Lunatic asylums Punjab 1868-1880 - 1868-1880
Year: 1868
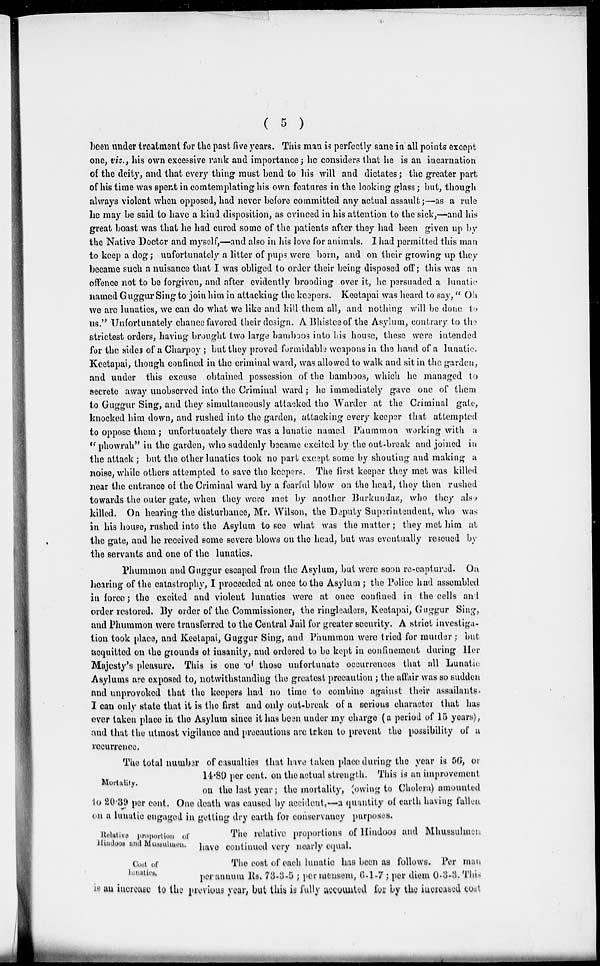
( 5 )
been under treatment for the past five years. This man is perfectly sane in all points except
one, viz., his own excessive rank and importance ; he considers that he is an incarnation
of the deity, and that every thing must bend to his will and dictates; the greater part
of his time was spent in comtemplating his own features in the looking glass; but, though
always violent when opposed, had never before committed any actual assault;—as a rule
he may be said to have a kind disposition, as evinced in his attention to the sick,—and his
great boast was that he had cured some of the patients after they had been given up by
the Native Doctor and myself,— and also in his love for animals. I had permitted this man
to keep a dog ; unfortunately a litter of pups were born, and on their growing up they
became such a nuisance that I was obliged to order their being disposed off; this was an
offence not to be forgiven, and after evidently brooding over it, he persuaded a lunatic
named Guggur Sing to join him in attacking the keepers. Keetapai was heard to say, " Oh
we are lunatics, we can do what we like and kill them all, and nothing will be done to
us." Unfortunately chance favored their design. A Bhistee of the Asylum, contrary to the
strictest orders, having brought two large bamboos into his house, these were intended
for the sides of a Charpoy; but they proved formidable weapons in the hand of a lunatic.
Keetapai, though confined in the criminal ward, was allowed to walk and sit in the garden,
and under this excuse obtained possession of the bamboos, which he managed to
secrete away unobserved into the Criminal ward; he immediately gave one of them
to Guggur Sing, and they simultaneously attacked the Warder at the Criminal gate,
knocked him down, and rushed into the garden, attacking every keeper that attempted
to oppose them; unfortunately there was a lunatic named Phummon working with a
"phowrah" in the garden, who suddenly became excited by the out-break and joined in
the attack ; but the other lunatics took no part except some by shouting and making a
noise, while others attempted to save the keepers. The first keeper they met was killed
near the entrance of the Criminal ward by a fearful blow on the head, they then rushed
towards the outer gate, when they were met by another Burkundaz, who they also
killed. On hearing the disturbance, Mr. Wilson, the Deputy Superintendent, who was
in his house, rushed into the Asylum to see what was the matter ; they met him at
the gate, and he received some severe blows on the head, but was eventually rescued by
the servants and one of the lunatics.
Phummon and Guggur escaped from the Asylum, but were soon re-captured. On
hearing of the catastrophy, I proceeded at once to the Asylum; the Police had assembled
in force ; the excited and violent lunatics were at once confined in the cells and
order restored. By order of the Commissioner, the ringleaders, Keetapai, Guggur Sing,
and Phummon were transferred to the Central Jail for greater security. A strict investiga-
tion took place, and Keetapai, Guggur Sing, and Phummon were tried for murder; but
acquitted on the grounds of insanity, and ordered to be kept in confinement during Her
Majesty's pleasure. This is one of those unfortunate occurrences that all Lunatic
Asylums are exposed to, notwithstanding the greatest precaution; the affair was so sudden
and unprovoked that the keepers had no time to combine against their assailants.
I can only state that it is the first and only out-break of a serious character that has
ever taken place in the Asylum since it has been under my charge (a period of 15 years),
and that the utmost vigilance and precautions are taken to prevent the possibility of a
recurrence.
Mortality.
The total number of casualties that have taken place during the year is 56, or
14.80 per cent. on the actual strength. This is an improvement
on the last year ; the mortality, (owing to Cholera) amounted
to 20.39 per cent. One death was caused by accident,—a quantity of earth having fallen
on a lunatic engaged in getting dry earth for conservancy purposes.
Relative proportion of
Hindoos and Mussulmen.
The relative proportions of Hindoos and Mhussulmen
have continued very nearly equal.
Cost of
lunatics.
The cost of each lunatic has been as follows. Per man
per annum Rs. 73-3-5 ; per mensem, 6-1-7; per diem 0-3-3. This
is an increase to the previous year, but this is fully accounted for by the increased cost